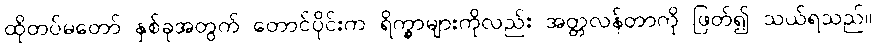
ထိုတပ်မတော် နှစ်ခုအတွက် တောင်ပိုင်းက ရိက္ခာများကိုလည်း အတ္တလန်တာကို ဖြတ်၍ သယ်ရသည်။